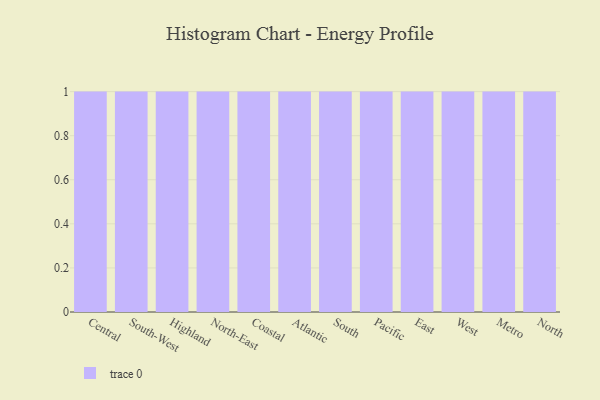
{"axis": {"x": "Region", "y": "Tickets Resolved"}, "legend": [""], "data": [{"x": "Central", "y": 1, "type": ""}, {"x": "South-West", "y": 99, "type": ""}, {"x": "Highland", "y": 18, "type": ""}, {"x": "North-East", "y": 20, "type": ""}, {"x": "Coastal", "y": 45, "type": ""}, {"x": "Atlantic", "y": 69, "type": ""}, {"x": "South", "y": 44, "type": ""}, {"x": "Pacific", "y": 41, "type": ""}, {"x": "East", "y": 76, "type": ""}, {"x": "West", "y": 83, "type": ""}, {"x": "Metro", "y": 19, "type": ""}, {"x": "North", "y": 75, "type": ""}]}